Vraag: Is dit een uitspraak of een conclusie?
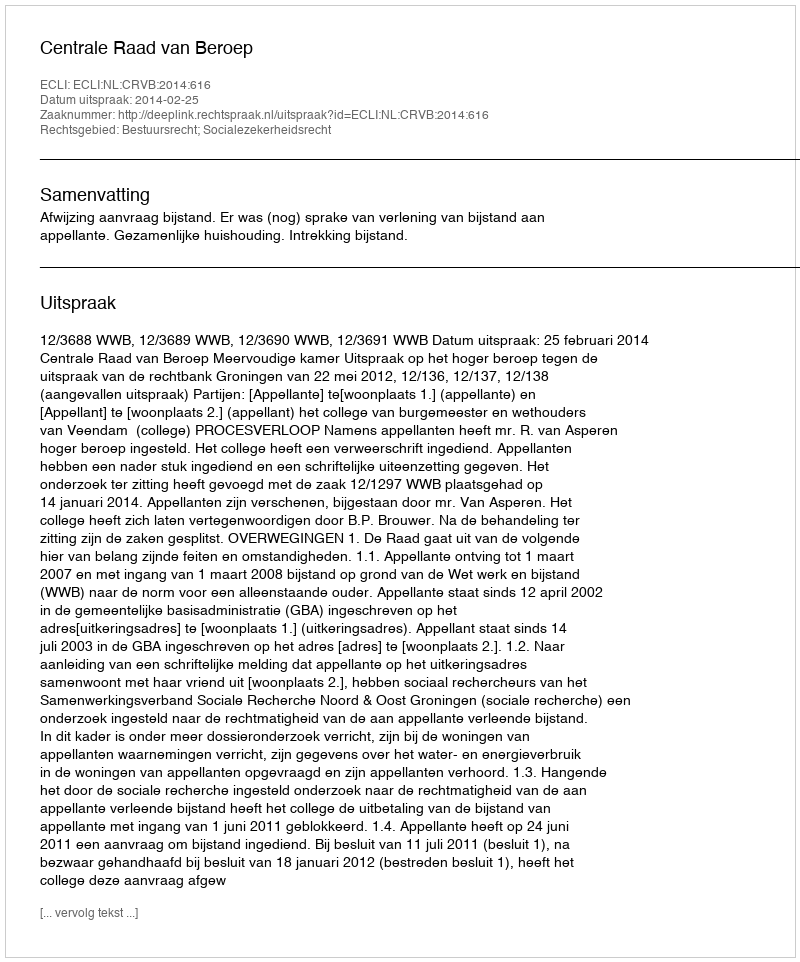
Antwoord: Uitspraak